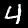
Label: 4